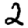
Digit: 2